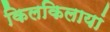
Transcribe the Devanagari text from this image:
किलकिलायां